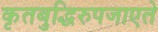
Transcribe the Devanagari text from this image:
कृतबुद्धिरुपजाएते